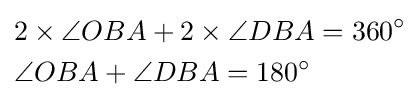
{\begin{aligned}&2\times \angle OBA+2\times \angle DBA=360^{\circ }\\&\angle OBA+\angle DBA=180^{\circ }\end{aligned}}